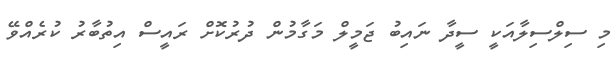
މި ސިލްސިލާއަކީ ސީދާ ނައިބު ޖަމީލް މަގާމުން ދުރުކޮށް ރައީސް އިތުބާރު ކުރެއްވޭ